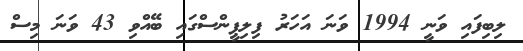
ލިބިފައި ވަނީ 1994 ވަނަ އަހަރު ފިލިޕީންސްގައި ބޭއްވި 43 ވަނަ މިސް